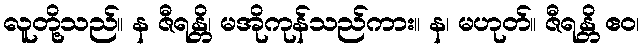
လူတို့သည်။ န ဇီရန္တိ၊ မအိုကုန်သည်ကား။ န၊ မဟုတ်။ ဇီရန္တိ ဧဝ၊